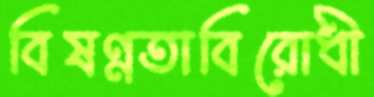
বিষণ্নতাবিরোধী